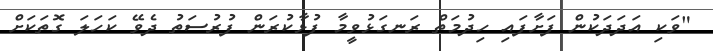
"ވަކި އަދަދަކުން ފަށާފައި ހިދުމަތް ރަނގަޅުވީމާ ފުޅާކުރަން ފުރުސަތު ދެވޭ ކަހަލަ ގޮތަކަށް